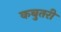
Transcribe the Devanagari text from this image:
कबुतरी